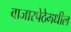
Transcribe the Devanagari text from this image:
बाजारपेठेमधील